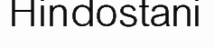
Hindostani